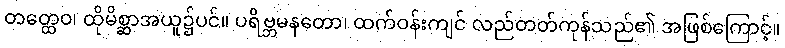
တတ္ထေဝ၊ ထိုမိစ္ဆာအယူ၌ပင်။ ပရိဗ္ဘမနတော၊ ထက်ဝန်းကျင် လည်တတ်ကုန်သည်၏ အဖြစ်ကြောင့်။